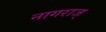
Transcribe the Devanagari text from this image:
नागराज्